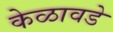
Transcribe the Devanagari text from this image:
केळावडे